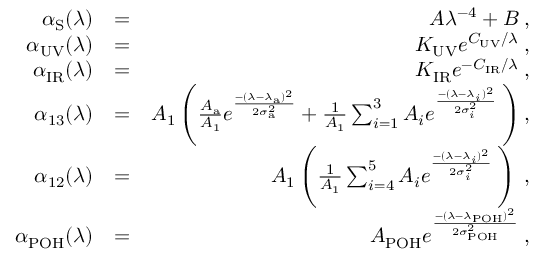
\begin{array} { r l r } { \alpha _ { \mathrm { S } } ( \lambda ) } & { = } & { A \lambda ^ { - 4 } + B \: , } \\ { \alpha _ { \mathrm { U V } } ( \lambda ) } & { = } & { K _ { \mathrm { U V } } e ^ { C _ { \mathrm { U V } } / \lambda } \: , } \\ { \alpha _ { \mathrm { I R } } ( \lambda ) } & { = } & { K _ { \mathrm { I R } } e ^ { - C _ { \mathrm { I R } } / \lambda } \: , } \\ { \alpha _ { 1 3 } ( \lambda ) } & { = } & { A _ { 1 } \left( \frac { A _ { \mathrm { a } } } { A _ { 1 } } e ^ { \frac { - ( \lambda - \lambda _ { \mathrm { a } } ) ^ { 2 } } { 2 \sigma _ { \mathrm { a } } ^ { 2 } } } + \frac { 1 } { A _ { 1 } } \sum _ { i = 1 } ^ { 3 } A _ { i } e ^ { \frac { - ( \lambda - \lambda _ { i } ) ^ { 2 } } { 2 \sigma _ { i } ^ { 2 } } } \: \right) , } \\ { \alpha _ { 1 2 } ( \lambda ) } & { = } & { A _ { 1 } \left( \frac { 1 } { A _ { 1 } } \sum _ { i = 4 } ^ { 5 } A _ { i } e ^ { \frac { - ( \lambda - \lambda _ { i } ) ^ { 2 } } { 2 \sigma _ { i } ^ { 2 } } } \: \right) \: , } \\ { \alpha _ { \mathrm { P O H } } ( \lambda ) } & { = } & { A _ { \mathrm { P O H } } e ^ { \frac { - ( \lambda - \lambda _ { \mathrm { P O H } } ) ^ { 2 } } { 2 \sigma _ { \mathrm { P O H } } ^ { 2 } } } \: , } \end{array}